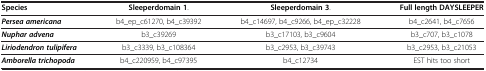
<table><thead><tr><td><b>Species</b></td><td><b>Sleeperdomain 1.</b></td><td><b>Sleeperdomain 3.</b></td><td><b>Full length DAYSLEEPER</b></td></tr></thead><tbody><tr><td><b><i>Persea americana</i></b></td><td>b4_ep_c61270, b4_c39392</td><td>b4_c14697, b4_c9266, b4_ep_c32228</td><td>b4_c2641, b4_c7656</td></tr><tr><td><b><i>Nuphar advena</i></b></td><td>b3_c39269</td><td>b3_c17103, b3_c9604</td><td>b3_c707, b3_c1078</td></tr><tr><td><b><i>Liriodendron tulipifera</i></b></td><td>b3_c3339, b3_c108364</td><td>b3_c2953, b3_c39743</td><td>b3_c2953, b3_c21053</td></tr><tr><td><b><i>Amborella trichopoda</i></b></td><td>b4_c220959, b4_c97395</td><td>b4_c12734</td><td>EST hits too short</td></tr></tbody></table>